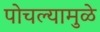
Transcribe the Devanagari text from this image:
पोचल्यामुळे